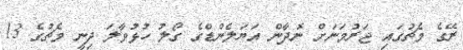
ރޭގެ މެޗުގައި ޖަރުމަނަށް ނޮދާން އަޔަލެންޑްގެ ގޯލު ހުޅުވާލަ ދިނީ މެޗުގެ 13